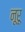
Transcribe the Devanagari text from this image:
नूरू